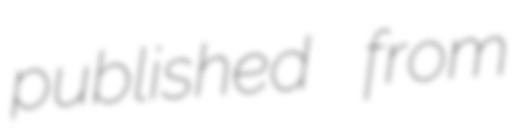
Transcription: published from